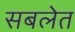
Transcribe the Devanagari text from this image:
सबलेत